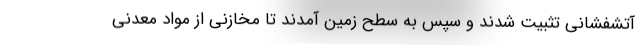
آتشفشانی تثبیت شدند و سپس به سطح زمین آمدند تا مخازنی از مواد معدنی